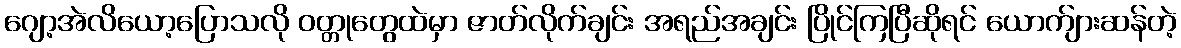
ဂျော့အဲလိယော့ပြောသလို ဝတ္တုတွေထဲမှာ ဇာတ်လိုက်ချင်း အရည်အချင်း ပြိုင်ကြပြီဆိုရင် ယောက်ျားဆန်တဲ့